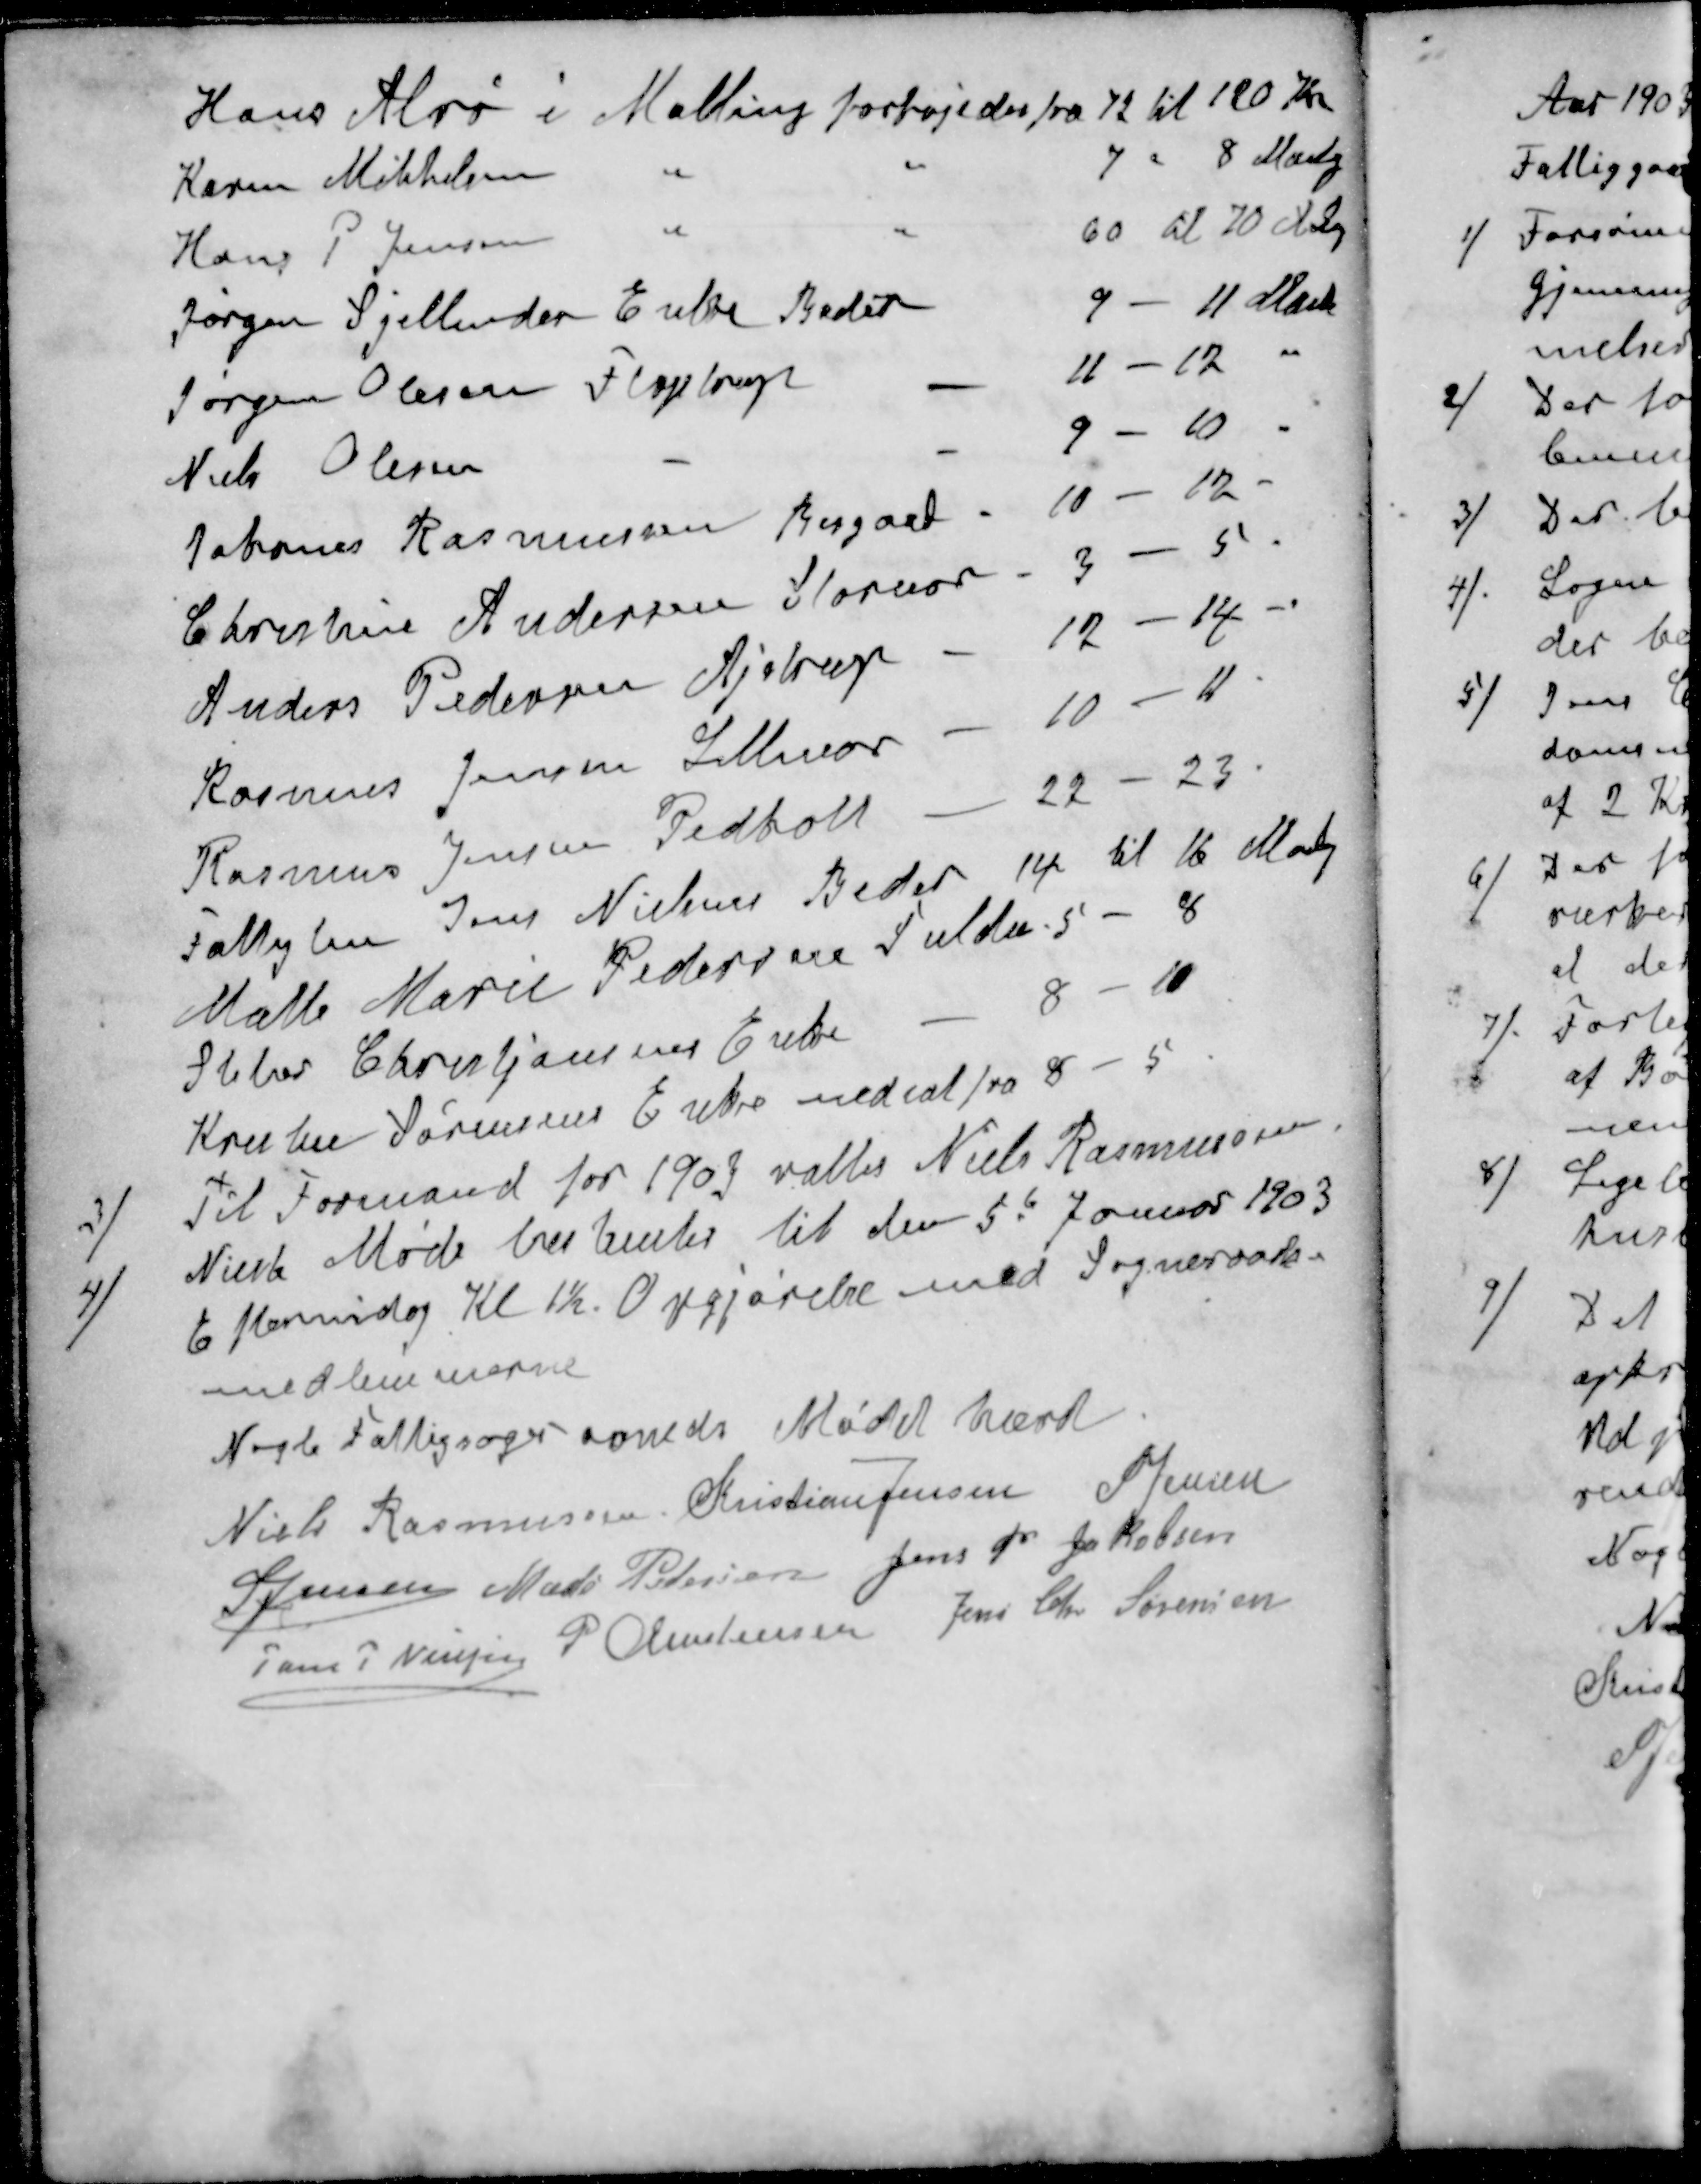
Transskription:
Hans Alrø i Malling forhøjedes fra 72 til 120 Kr
Karen Mikkelsen
"
"
7 " 8 Malg
Hans P. Jensen
"
"
60 til 70 Malg
Jørgen Sjellender Enke Beder
9 - 11 Malg
Jørgen Olesen Fløjstrup
11-12 "
Niels Olesen
9 - 10 "
Johanes Rasmussen Bergærd
10 - 12 "
Christine Andersen Stornor
3 - 5 "
Anders Pedersen Ajstrup
12 - 14 -"
Rasmus Jensen Lillenor
10 - 11 "
Rasmus Jensen Pedholt
22 - 23 "
Fattiglem Jens Nielsens Beder 14 til 16 Malg
Malte Marie Pedersen Fulden 5 - 8
Steter Christjansens Enke
8 - 10
Kresten Sørensens Enke nedsat fra 8 - 5
Til Formand for 1903 valtes Niels Rasmussen
Næste Møde bestemtes til den 5d Januar 1903
Eftermidag Kl. 1½. Opgjørelse med Sogneraads-
medlemmerne
Nogle Fattigsager orneds Mødet hævet
Niels Rasmussen
Kristian Jensen
S Jensen
S Jensen
Mads Pedersen
Jens P Jakobsen
Jens P Nielsen
P Christensen
Jens Chr Sørensen